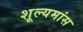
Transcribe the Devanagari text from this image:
शूल्यमांस